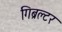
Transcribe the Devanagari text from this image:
गिब्रल्टर